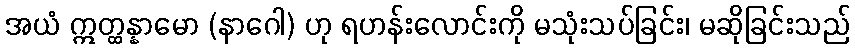
အယံ ဣတ္ထန္နာမော (နာဂေါ) ဟု ရဟန်းလောင်းကို မသုံးသပ်ခြင်း၊ မဆိုခြင်းသည်